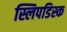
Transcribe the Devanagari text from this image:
स्लिपडिस्क